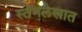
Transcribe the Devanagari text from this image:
स्तंभलेखात